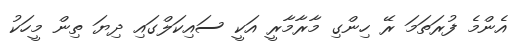
އެންމެ ފުރަތަމަ ރޭ ހިންގި މާރާމާރީ އަކީ ސައިކަލްގައި ދިޔަ ތިން މީހަކު